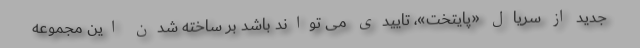
جدید از سریال «پایتخت»، تاییدی می تواند باشد بر ساخته شدن این مجموعه